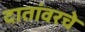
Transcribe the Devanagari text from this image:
दातांवरचे